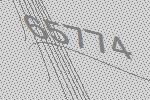
65774